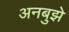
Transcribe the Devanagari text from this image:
अनबुझे